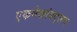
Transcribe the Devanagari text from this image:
एकमेकांबद्लच